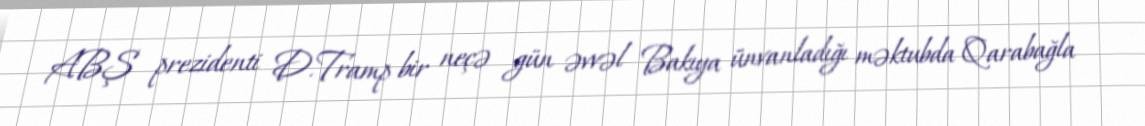
ABŞ prezidenti D.Tramp bir neçə gün əvvəl Bakıya ünvanladığı məktubda Qarabağla